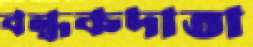
বন্ধকদাতা